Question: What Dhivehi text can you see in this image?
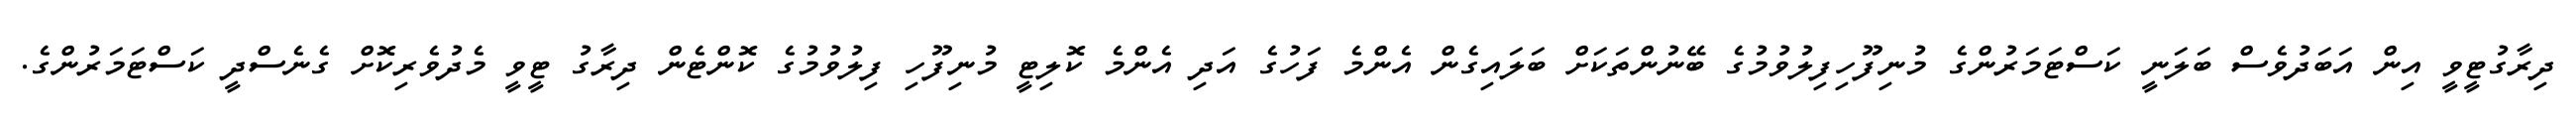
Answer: ދިރާގުޓީވީ އިން އަބަދުވެސް ބަލަނީ ކަސްޓަމަރުންގެ މުނިފޫހިފިލުވުމުގެ ބޭނުންތަކަށް ބަލައިގެން އެންމެ ފަހުގެ އަދި އެންމެ ކޮލިޓީ މުނިފޫހި ފިލުވުމުގެ ކޮންޓެން ދިރާގު ޓީވީ މެދުވެރިކޮށް ގެނެސްދީ ކަސްޓަމަރުންގެ.